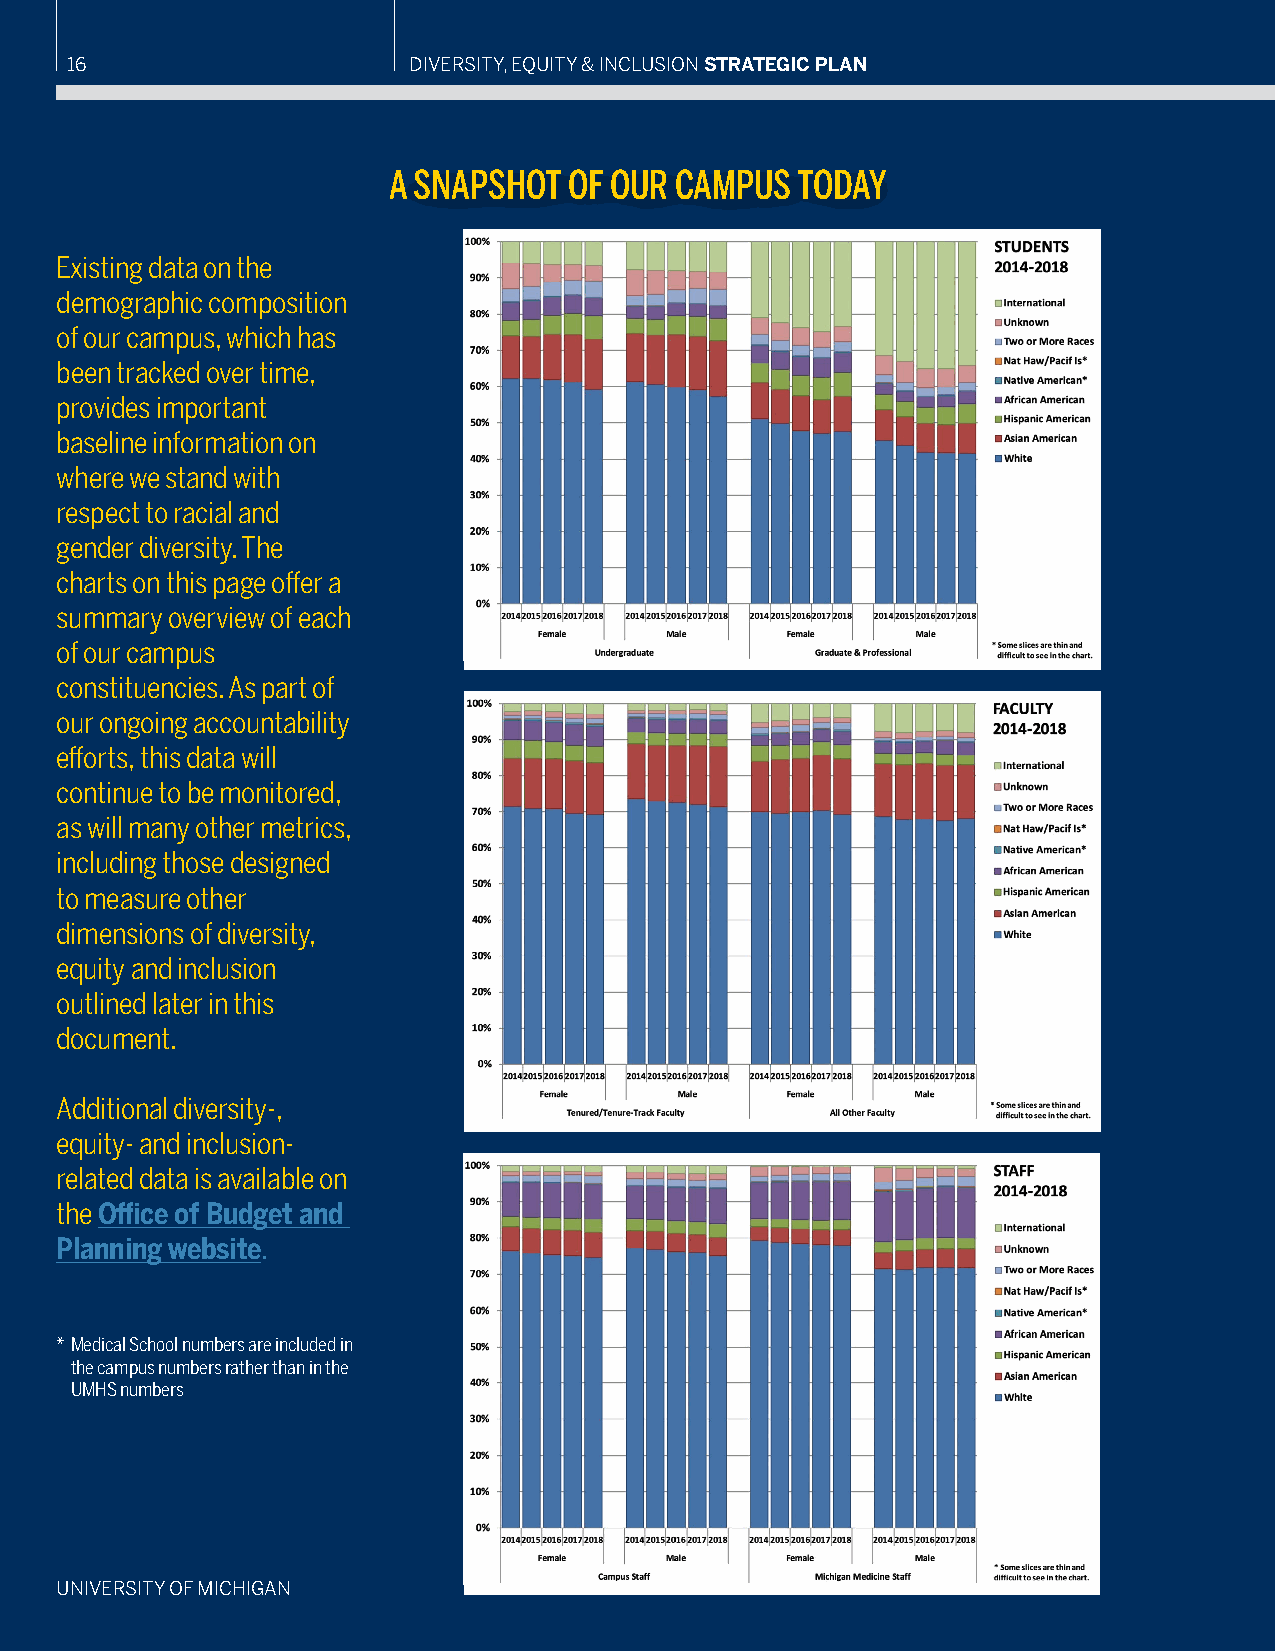
16                     DIVERSITY, EQUITY & INCLUSION STRATEGIC PLAN
 A SNAPSHOT  OF OUR CAMPUS  TODAY
 Existing data on the
 demographic composition
 of our campus, which has
 been tracked over time,
 provides important
 baseline information on
 where we stand with
 respect to racial and
 gender diversity. The
 charts on this page offer a
 summary overview of each
 of our campus
 constituencies. As part of
 our ongoing accountability
 efforts, this data will
 continue to be monitored,
 as will many other metrics,
 including those designed
 to measure other
 dimensions of diversity,
 equity and inclusion
 outlined later in this
 document.
 Additional diversity-,
 equity- and inclusion-
 related data is available on
 the Office of Budget and
 Planning website.
 * Medical School numbers are included in
 the campus numbers rather than in the
 UMHS numbers
 UNIVERSITY OF MICHIGAN